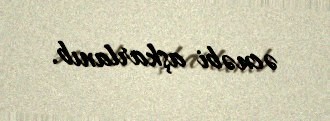
əcnəbi aşkarlanıb.